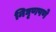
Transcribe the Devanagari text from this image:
निघृणपणे